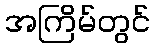
အကြိမ်တွင်